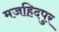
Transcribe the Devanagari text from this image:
मजहिदपुर